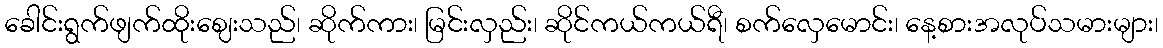
ခေါင်းရွက်ဖျက်ထိုးဈေးသည်၊ ဆိုက်ကား၊ မြင်းလှည်း၊ ဆိုင်ကယ်ကယ်ရီ၊ စက်လှေမောင်း၊ နေ့စားအလုပ်သမားများ၊